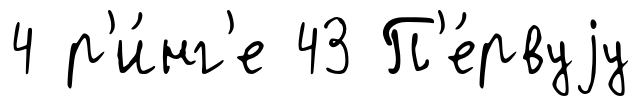
4 р'и́нг'е 43 П'е́рвуjу